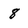
Character: 8